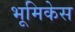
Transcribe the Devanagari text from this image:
भूमिकेस